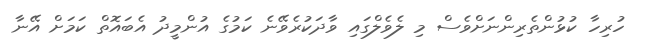
ހުރިހާ ކުޅުންތެރިންނަށްވެސް މި ލެވެލްގައި ވާދަކުރެވޭނެ ކަމުގެ އުންމީދު އެބައޮތް ކަމަށް އޭނާ